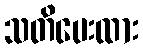
သတိပေးထား